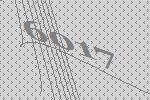
6017